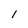
Character: 1